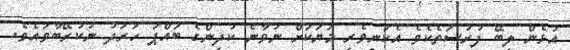
އުޅެން ލިބޭ ފުރުސަތެކެވެ އެކަނިވެރި މަޔަކަށް ނުވާނެ ކުދިންގެ ބައްޕަ ހަރަދު ނުކުރޭބާވައެވެ.